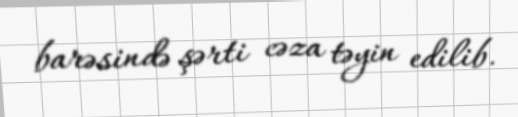
barəsində şərti cəza təyin edilib.